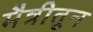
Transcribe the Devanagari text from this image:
मैत्रीतून